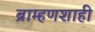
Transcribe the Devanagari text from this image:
ब्राम्हणशाही